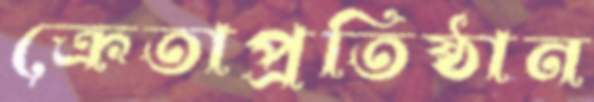
ক্রেতাপ্রতিষ্ঠান